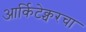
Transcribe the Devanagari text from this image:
आर्किटेक्चरचा